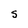
Character: S